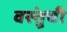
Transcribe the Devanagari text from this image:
वस्तुंची